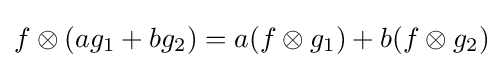
f\otimes (ag_{1}+bg_{2})=a(f\otimes g_{1})+b(f\otimes g_{2})